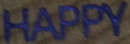
HAPPY